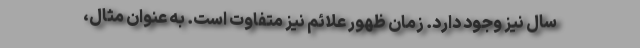
سال نیز وجود دارد. زمان ظهور علائم نیز متفاوت است. به عنوان مثال،